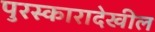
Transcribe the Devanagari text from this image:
पुरस्कारादेखील